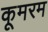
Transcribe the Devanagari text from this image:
कूमरम